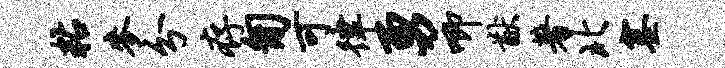
粘麦分存匍可律勇唧猷著北塞